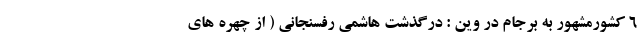
6 کشورمشهور به برجام در وین : درگذشت هاشمی رفسنجانی ( از چهره های